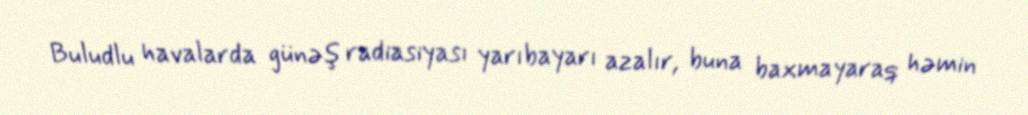
Buludlu havalarda günəş radiasiyası yarıbayarı azalır, buna baxmayaraq həmin